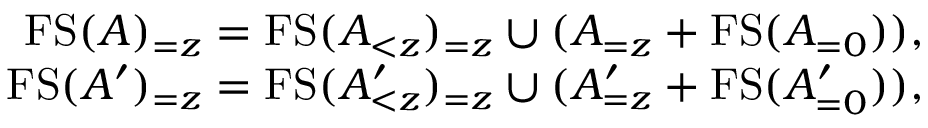
\begin{array} { r } { \ensuremath { \operatorname { F S } } ( A ) _ { = z } = \ensuremath { \operatorname { F S } } ( A _ { < z } ) _ { = z } \cup ( A _ { = z } + \ensuremath { \operatorname { F S } } ( A _ { = 0 } ) ) , } \\ { \ensuremath { \operatorname { F S } } ( A ^ { \prime } ) _ { = z } = \ensuremath { \operatorname { F S } } ( A _ { < z } ^ { \prime } ) _ { = z } \cup ( A _ { = z } ^ { \prime } + \ensuremath { \operatorname { F S } } ( A _ { = 0 } ^ { \prime } ) ) , } \end{array}